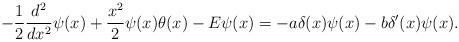
LaTeX: \begin{align*}-\frac{1}{2}\frac{d^2}{dx^2}\psi(x)+\frac{x^2}{2}\psi(x)\theta(x)-E\psi(x)=-a\delta(x)\psi(x)-b\delta'(x)\psi(x).\end{align*}